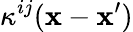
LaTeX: \kappa^{ij}({\mathbf x}-{\mathbf x}^{\prime})